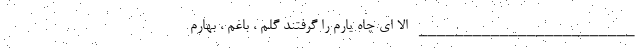
________________________ الا ای چاه یارم را گرفتند گلم ، باغم ، بهارم